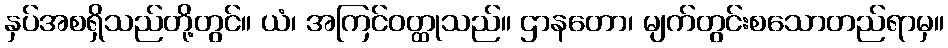
နှပ်အစရှိသည်တို့တွင်။ ယံ၊ အကြင်ဝတ္ထုသည်။ ဌာနတော၊ မျက်တွင်းစသောတည်ရာမှ။